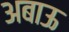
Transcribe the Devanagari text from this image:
अबाऊ